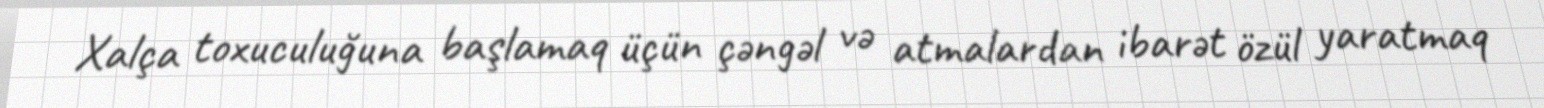
Xalça toxuculuğuna başlamaq üçün çəngəl və atmalardan ibarət özül yaratmaq